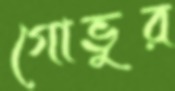
গোভুর